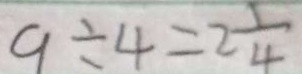
9 \div 4 = 2 \frac { 1 } { 4 }